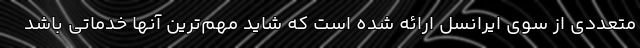
متعددی از سوی ایرانسل ارائه شده است که شاید مهم‌ترین آنها خدماتی باشد